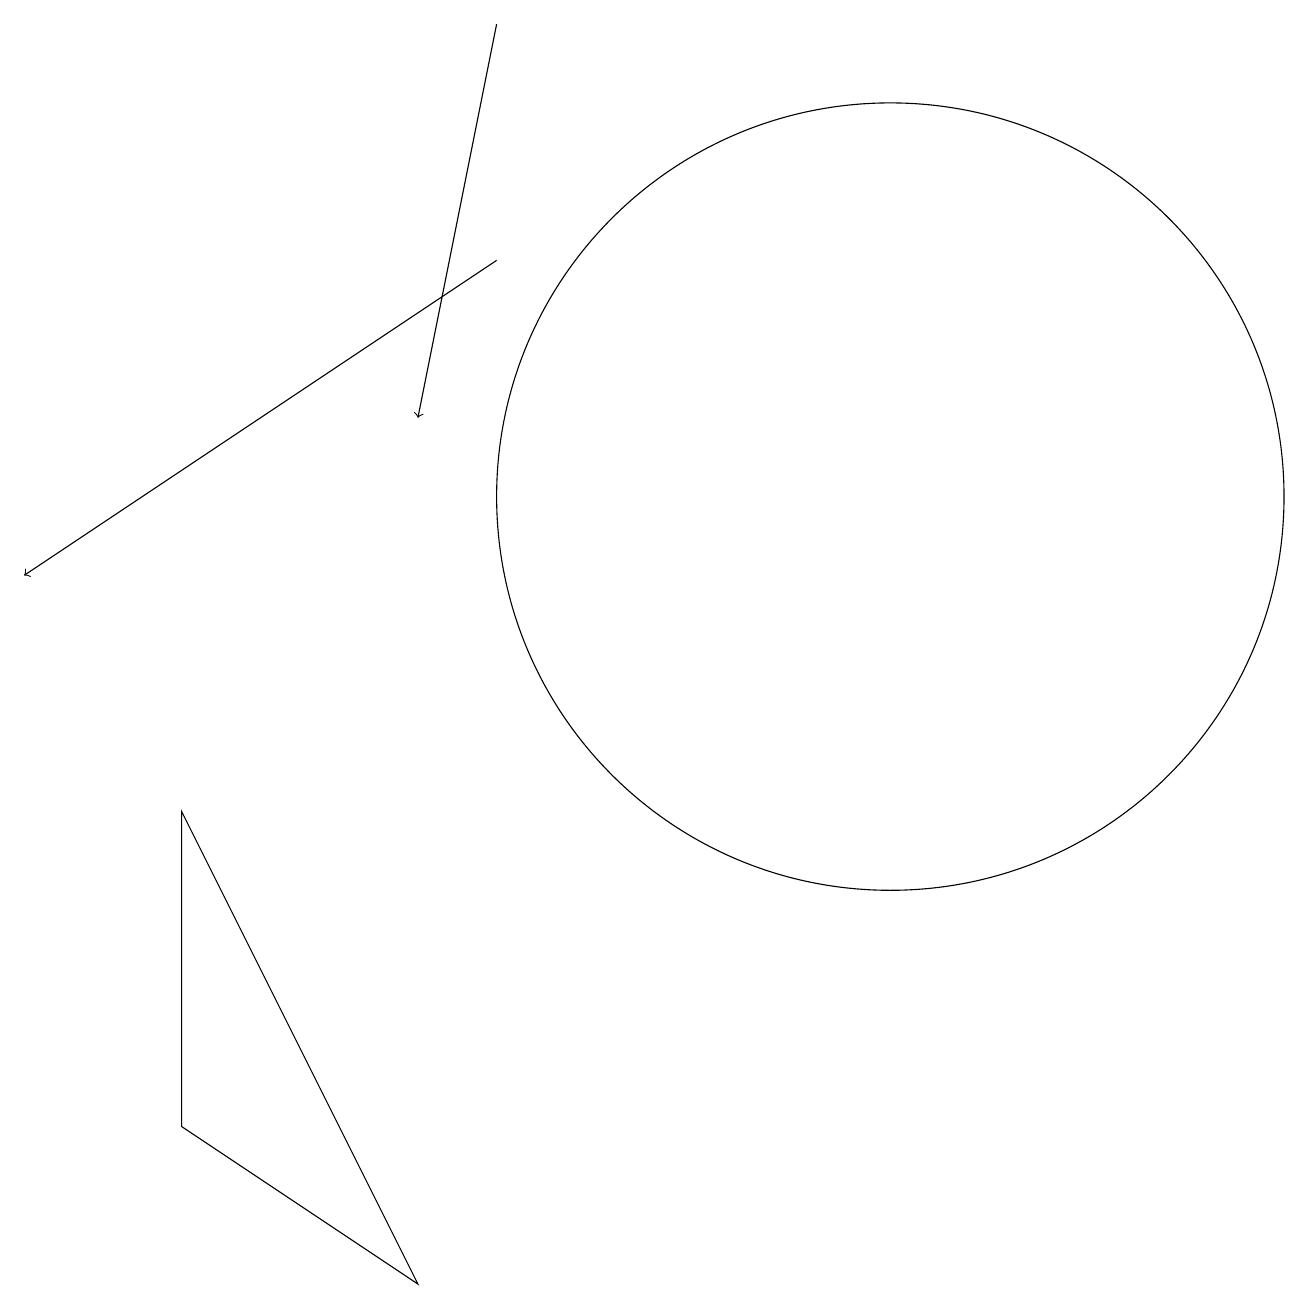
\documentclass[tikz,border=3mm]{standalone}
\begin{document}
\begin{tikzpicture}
\draw[->] (7,18) -- (6,13);
\draw[->] (7,15) -- (1,11);
\draw (3,4) -- (6,2) -- (3,8) -- cycle;
\draw (12,12) circle (5);
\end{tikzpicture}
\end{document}